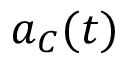
\ensuremath { \boldsymbol { a } } _ { C } ( t )